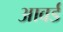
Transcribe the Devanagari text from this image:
आवर्ड